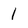
Character: 1